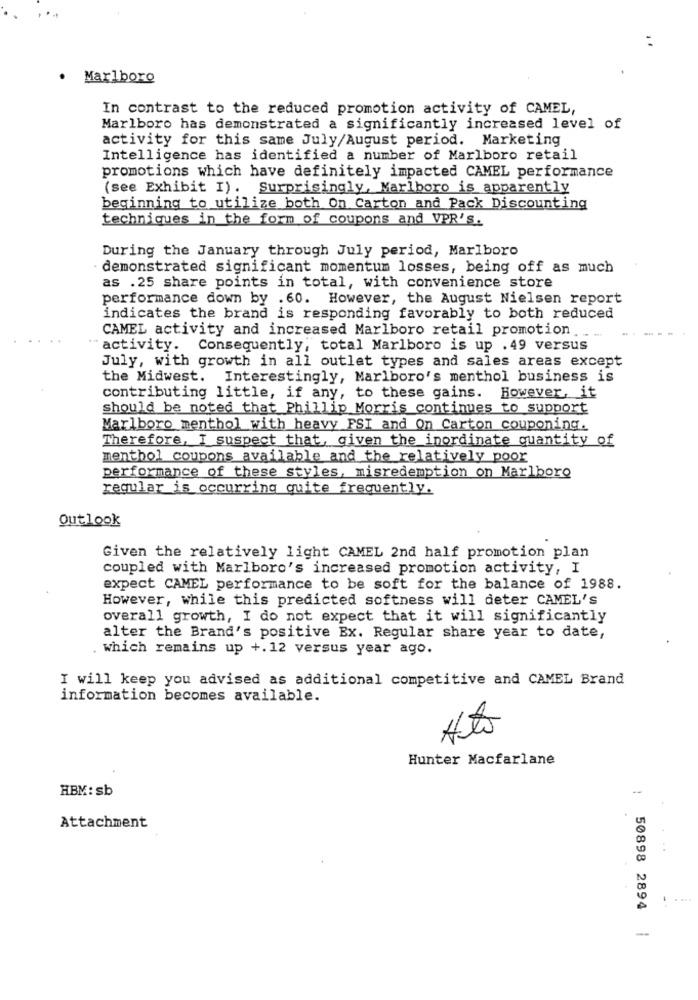
Marlboro
In contrast to the reduced promotion activity of CAMEL,
Marlboro has demonstrated a significantly increased level of
activity for this same July/August period. Marketing
Intelligence has identified a number of Marlboro retail
promotions which have definitely impacted CAMEL performance
(see Exhibit I). Surprisingly, Marlboro is apparently
beginning to utilize both On Carton and Pack Discounting
techniques in the form of coupons and VPR's.
During the January through July period, Marlboro
demonstrated significant momentum losses, being off as much
as .25 share points in total, with convenience store
performance down by .60. However, the August Nielsen report
indicates the brand is responding favorably to both reduced
CAMEL activity and increased Marlboro retail promotion
activity. Consequently, total Marlboro is up . 49 versus
July, with growth in all outlet types and sales areas except
the Midwest. Interestingly, Marlboro's menthol business is
contributing little, if any, to these gains. However, it
should be noted that Phillip Morris continues to support
Marlboro menthol with heavy FSI and On Carton couponing.
Therefore, I suspect that, given the inordinate quantity of
menthol coupons available and the relatively poor
performance of these styles, misredemption on Marlboro
regular is occurring quite frequently.
Outlook
Given the relatively light CAMEL 2nd half promotion plan
coupled with Marlboro's increased promotion activity, I
expect CAMEL performance to be soft for the balance of 1988.
However, while this predicted softness will deter CAMEL'S
overall growth, I do not expect that it will significantly
alter the Brand's positive Ex. Regular share year to date,
which remains up +.12 versus year ago.
I will keep you advised as additional competitive and CAMEL Brand
information becomes available.
Hunter Macfarlane
HBM: sb
-
Attachment
-
1 50898 2894 |